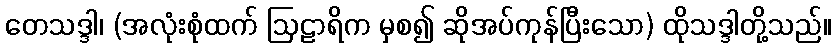
တေသဒ္ဒါ၊ (အလုံးစုံထက် ဩဠာရိက မှစ၍ ဆိုအပ်ကုန်ပြီးသော) ထိုသဒ္ဒါတို့သည်။